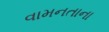
વામનતાના